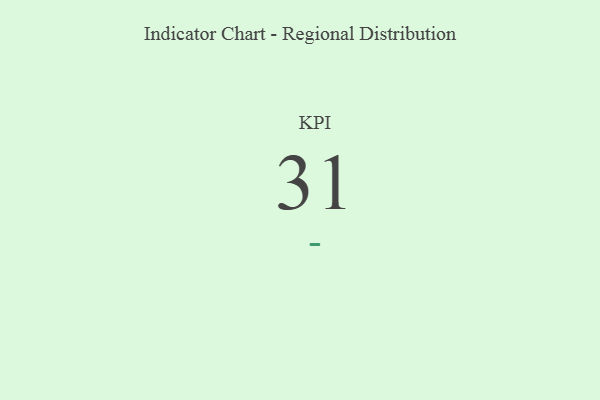
{"axis": {"x": "KPI", "y": "Value"}, "legend": [""], "data": [{"x": "KPI", "y": 31, "type": ""}]}